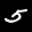
Label: 5